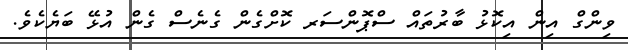
ވިންގް އިން އިކޮޅު ބާރުތައް ސްޕޮންސަރ ކޮށްގެން ގެނެސް ގެން އުޅޭ ބަޔެކެވެ.